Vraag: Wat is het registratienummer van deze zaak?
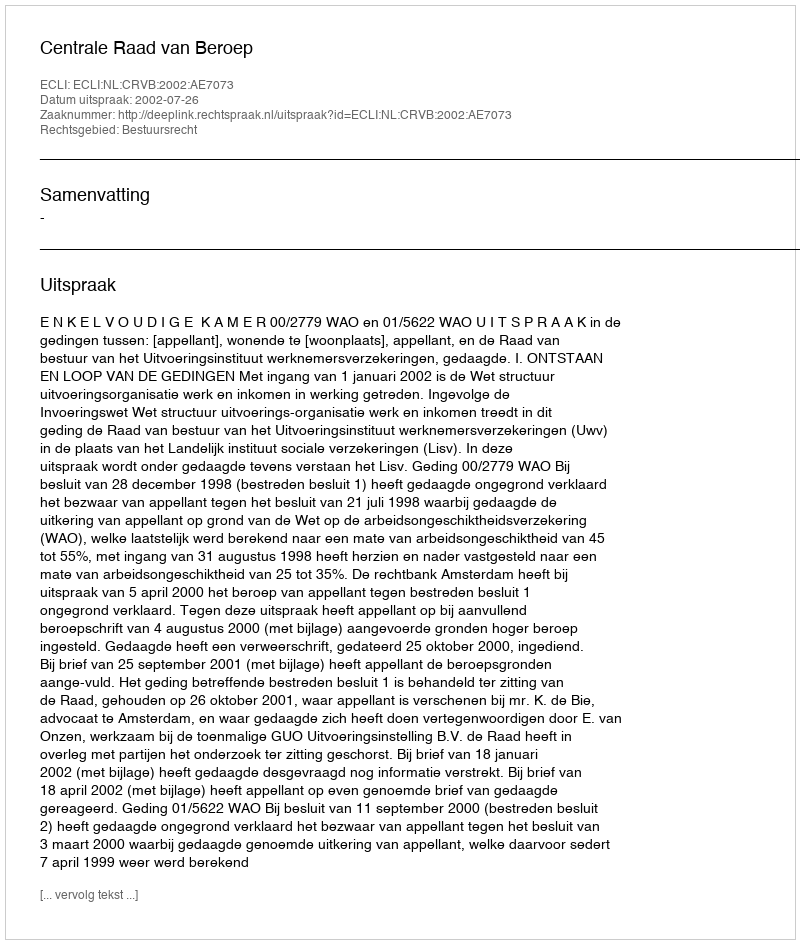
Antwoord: http://deeplink.rechtspraak.nl/uitspraak?id=ECLI:NL:CRVB:2002:AE7073